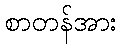
စာတန်အား